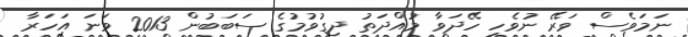
ނަމަވެސް ވަރޭ ނުވެހި ހޭދަވާ މުއްދަތު ދިގުވުމުގެ ސަބަބުން 2013 ވަނަ އަހަރާ